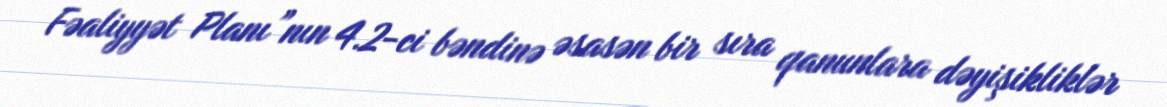
Fəaliyyət Planı”nın 4.2-ci bəndinə əsasən bir sıra qanunlara dəyişikliklər